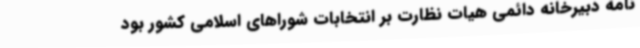
نامه دبیرخانه دائمی هیات نظارت بر انتخابات شوراهای اسلامی کشور بود